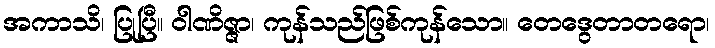
အကာသိ၊ ပြုပြီ။ ဝါဏိဇ္ဇာ၊ ကုန်သည်ဖြစ်ကုန်သော။ တေဒွေတာတရော၊